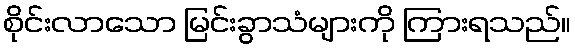
စိုင်းလာသော မြင်းခွာသံများကို ကြားရသည်။